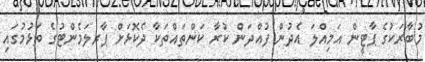
މުބާރަކުގެ ޕާޓީން އަމިއްލަ އެދުން ފުއްދަން ކުރާ ކަންތައްތަކާ ދެކޮޅަށް ޕާރލަމެންޓުގެ ތަޅުމުގައި